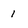
Character: 1